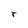
Character: O